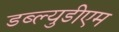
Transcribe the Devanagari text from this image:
डब्ल्युडीएम